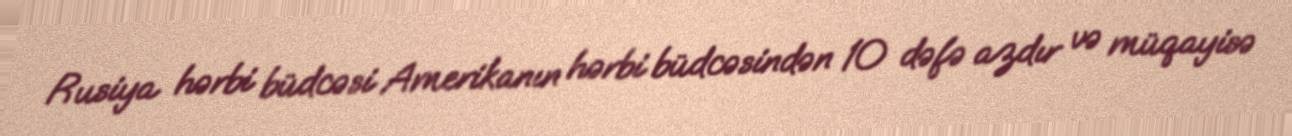
Rusiya hərbi büdcəsi Amerikanın hərbi büdcəsindən 10 dəfə azdır və müqayisə